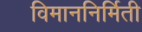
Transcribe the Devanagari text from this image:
विमाननिर्मिती